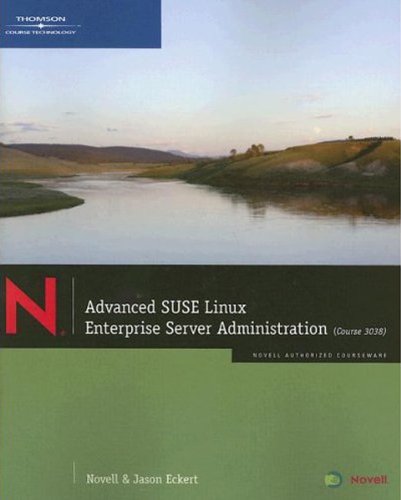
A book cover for Advanced SUSE Linux Enterprise Server Administration (Course 3038); Jason W. Eckert; Computers & Technology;